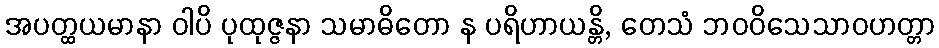
အပတ္ထယမာနာ ဝါပိ ပုထုဇ္ဇနာ သမာဓိတော န ပရိဟာယန္တိ, တေသံ ဘဝဝိသေသာဝဟတ္တာ